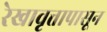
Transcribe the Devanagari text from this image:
रेखावृत्तापासून